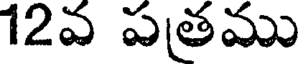
12వ పతము